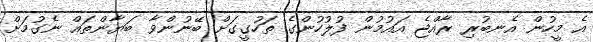
އެ މީހުން އެނބުރި ރާއްޖެ އައުމުން ފުލުހުންގެ ތަހުގީގަށް ބޭނުންވާ ބަޔާންތައް ނެގުމަށް